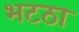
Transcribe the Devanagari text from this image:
भटठा